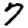
Digit: 7